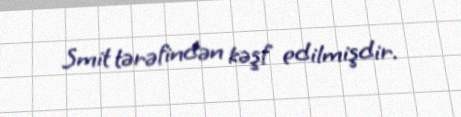
Smit tərəfindən kəşf edilmişdir.